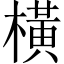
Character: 橫